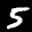
Label: 5